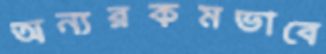
অন্যরকমভাবে